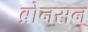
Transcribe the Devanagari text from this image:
ब्रोनसन